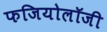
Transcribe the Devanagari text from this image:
फजियोलॉजी